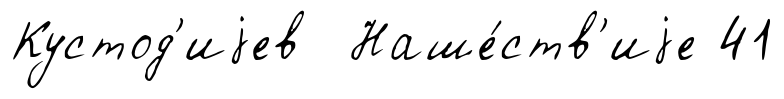
Кустод'иjев Наше́ств'иjе 41